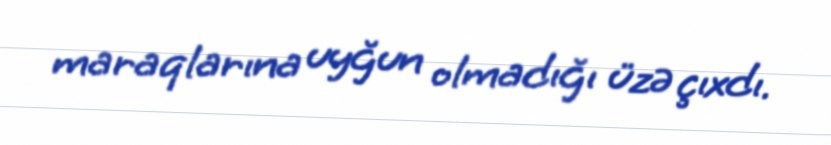
maraqlarına uyğun olmadığı üzə çıxdı.